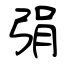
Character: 弲